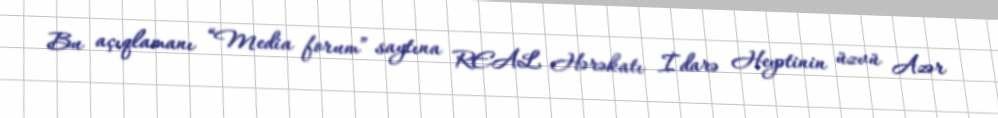
Bu açıqlamanı “Media forum” saytına REAL Hərəkatı İdarə Heyətinin üzvü Azər